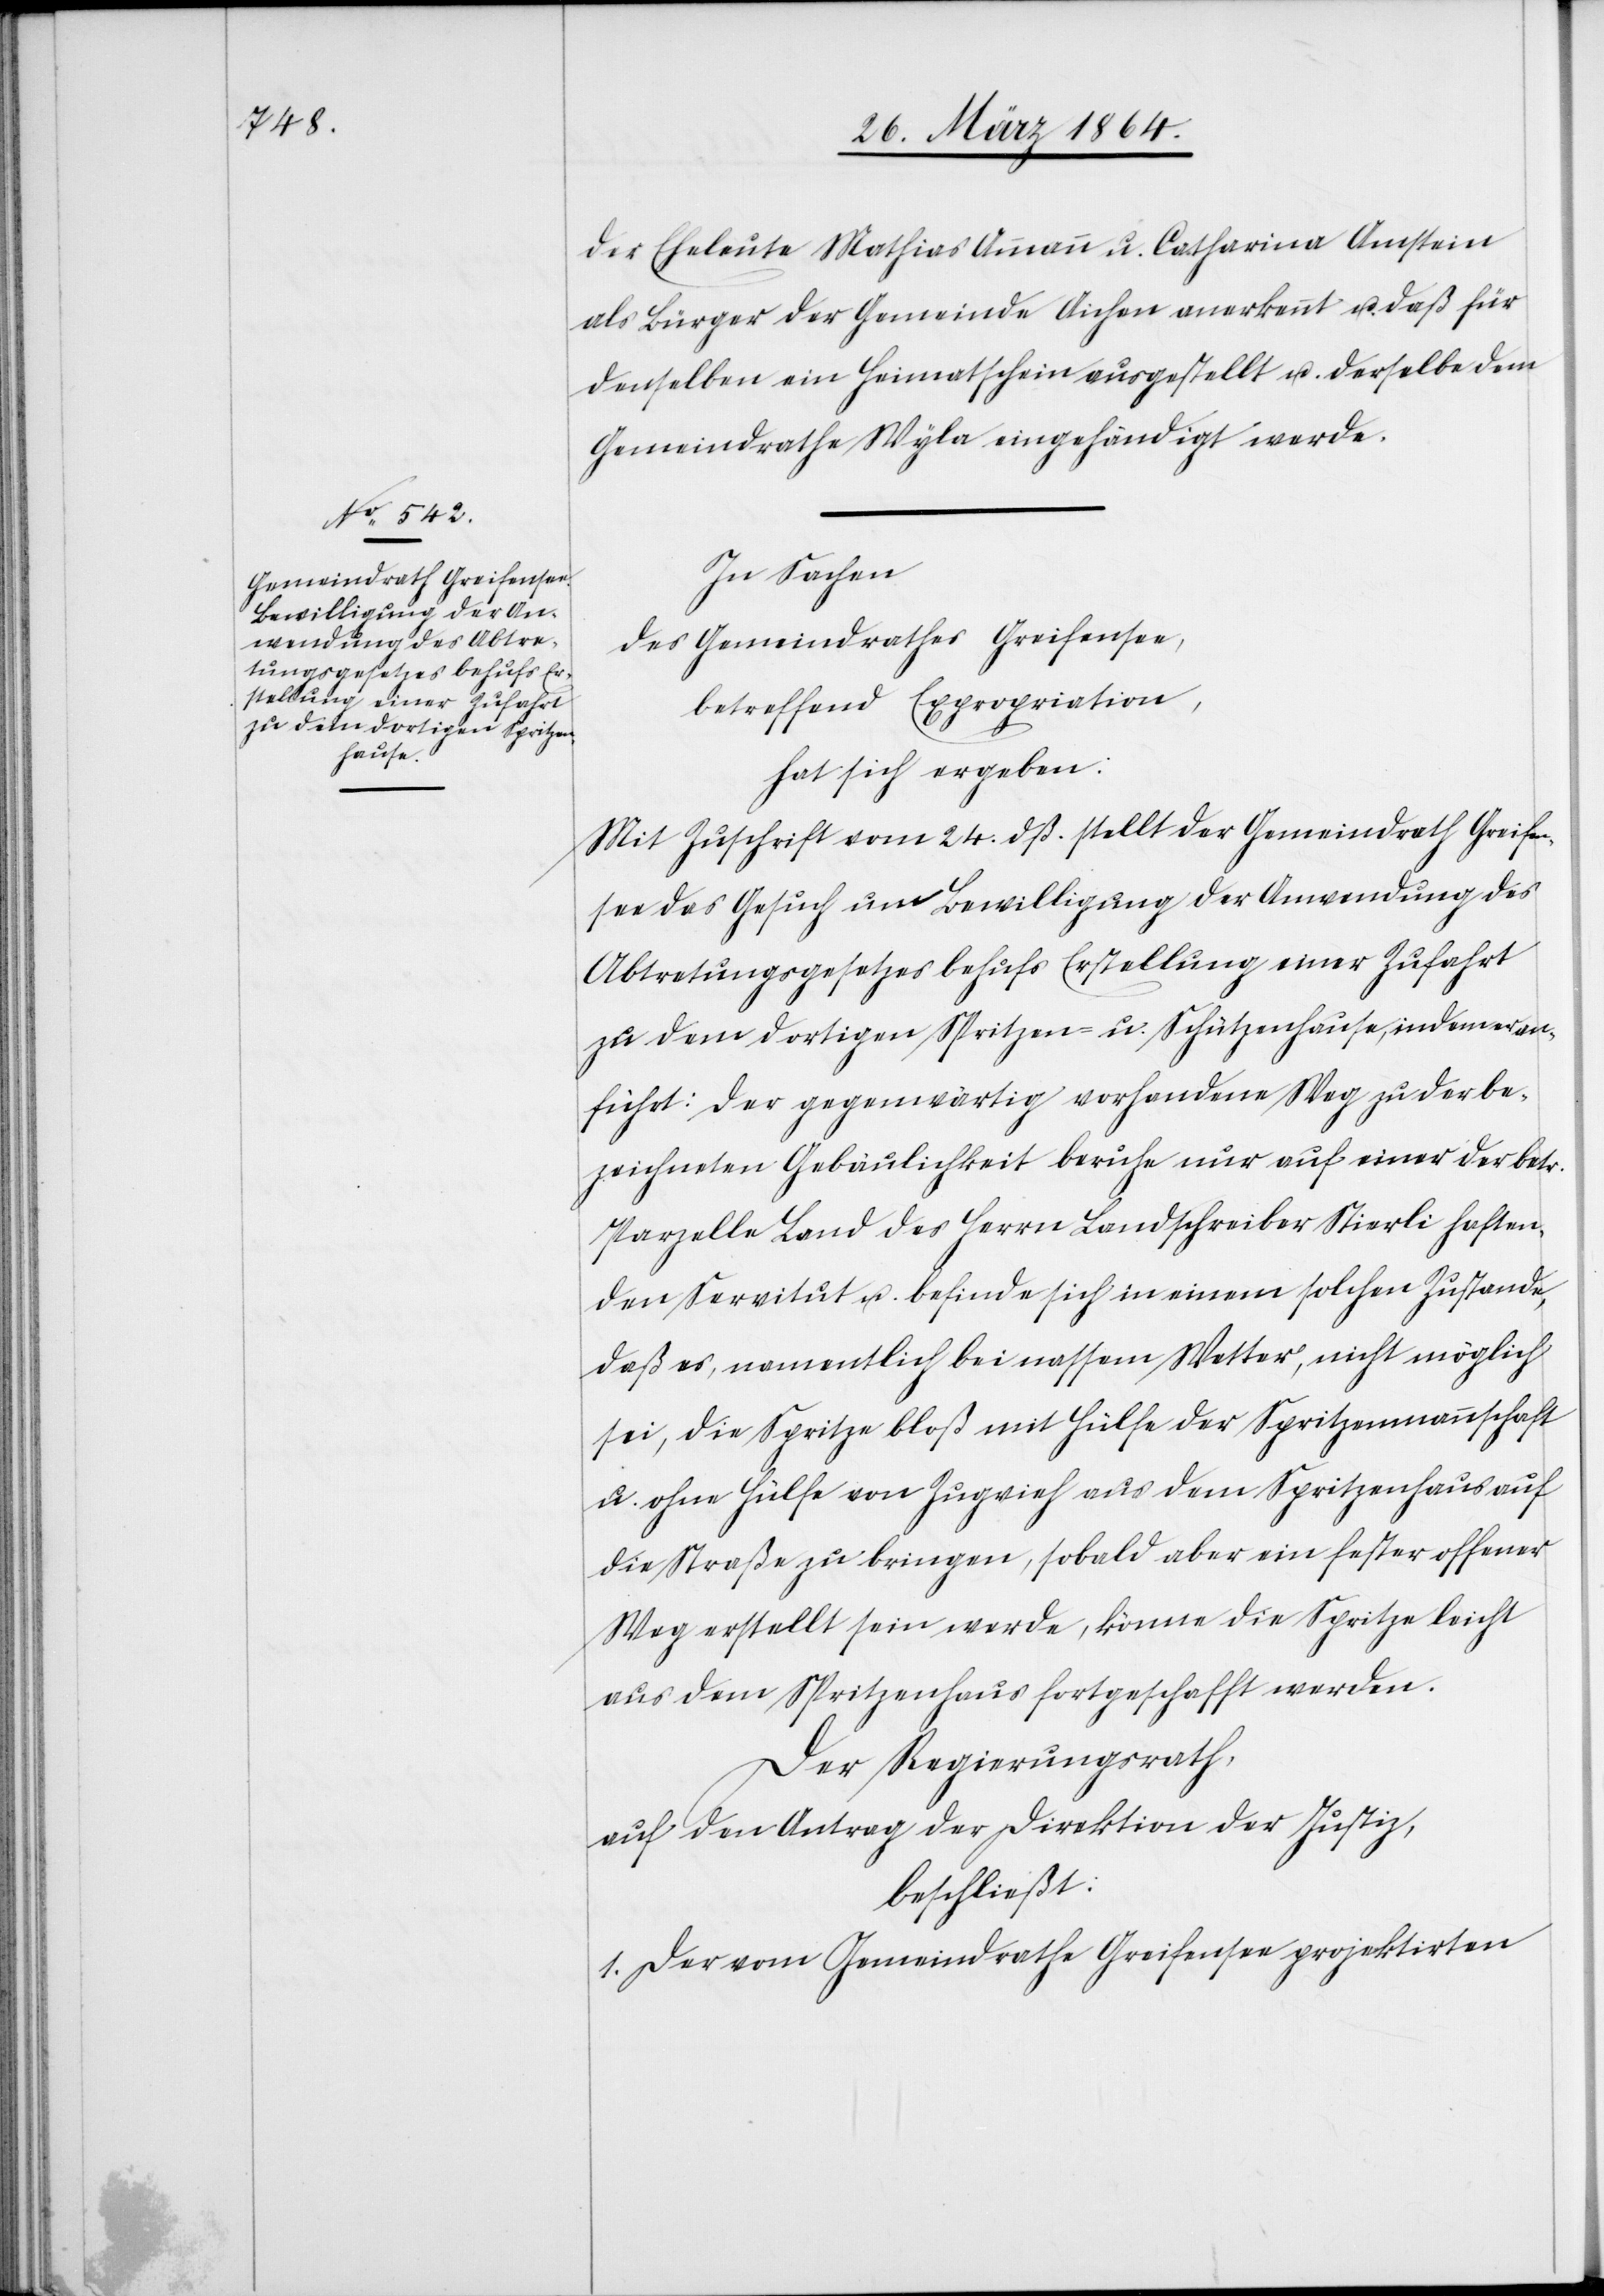
der Eheleute Mathias Ammann u. Catharina Amstein
als Bürger der Gemeinde Aichen anerkannt u. daß für
denselben ein Heimatschein ausgestellt u. derselbe dem
Gemeindrathe Wyla eingehändigt werde.
In Sachen
des Gemeindrathes Greifensee,
betreffend Expropriation,
hat sich ergeben:
Mit Zuschrift vom 24. dß. stellt der Gemeindrath Greifen¬
see das Gesuch um Bewilligung der Anwendung des
Abtretungsgesetzes behufs Erstellung einer Zufahrt
zu dem dortigen Spritzen- u. Schützenhause, indem er an¬
führt: Der gegenwärtig vorhandene Weg zu der be¬
zeichneten Gebäulichkeit beruhe nur auf einer der betr.
Parzelle Land des Herrn Landschreiber Stierli haften¬
den Servitut u. befinde sich in einem solchen Zustande,
daß es, namentlich bei nassem Wetter, nicht möglich
sei, die Spritze bloß mit Hülfe der Spritzenmannschaft
u. ohne Hülfe von Zugvieh aus dem Spritzenhaus auf
die Straße zu bringen, sobald aber ein fester offener
Weg erstellt sein werde, könne die Spritze leicht
aus dem Spritzenhaus fortgeschafft werden.
Der Regierungsrath,
auf den Antrag der Direktion der Justiz,
beschließt:
1. Der vom Gemeindrathe Greifensee projektirten